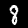
Label: 8